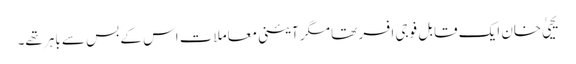
یحییٰ خان ایک قابل فوجی افسر تھا مگر آئینی معاملات اس کے بس سے باہر تھے۔